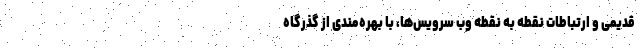
قدیمی و ارتباطات نقطه به نقطه وب سرویس‌ها، با بهره‌مندی از گذرگاه